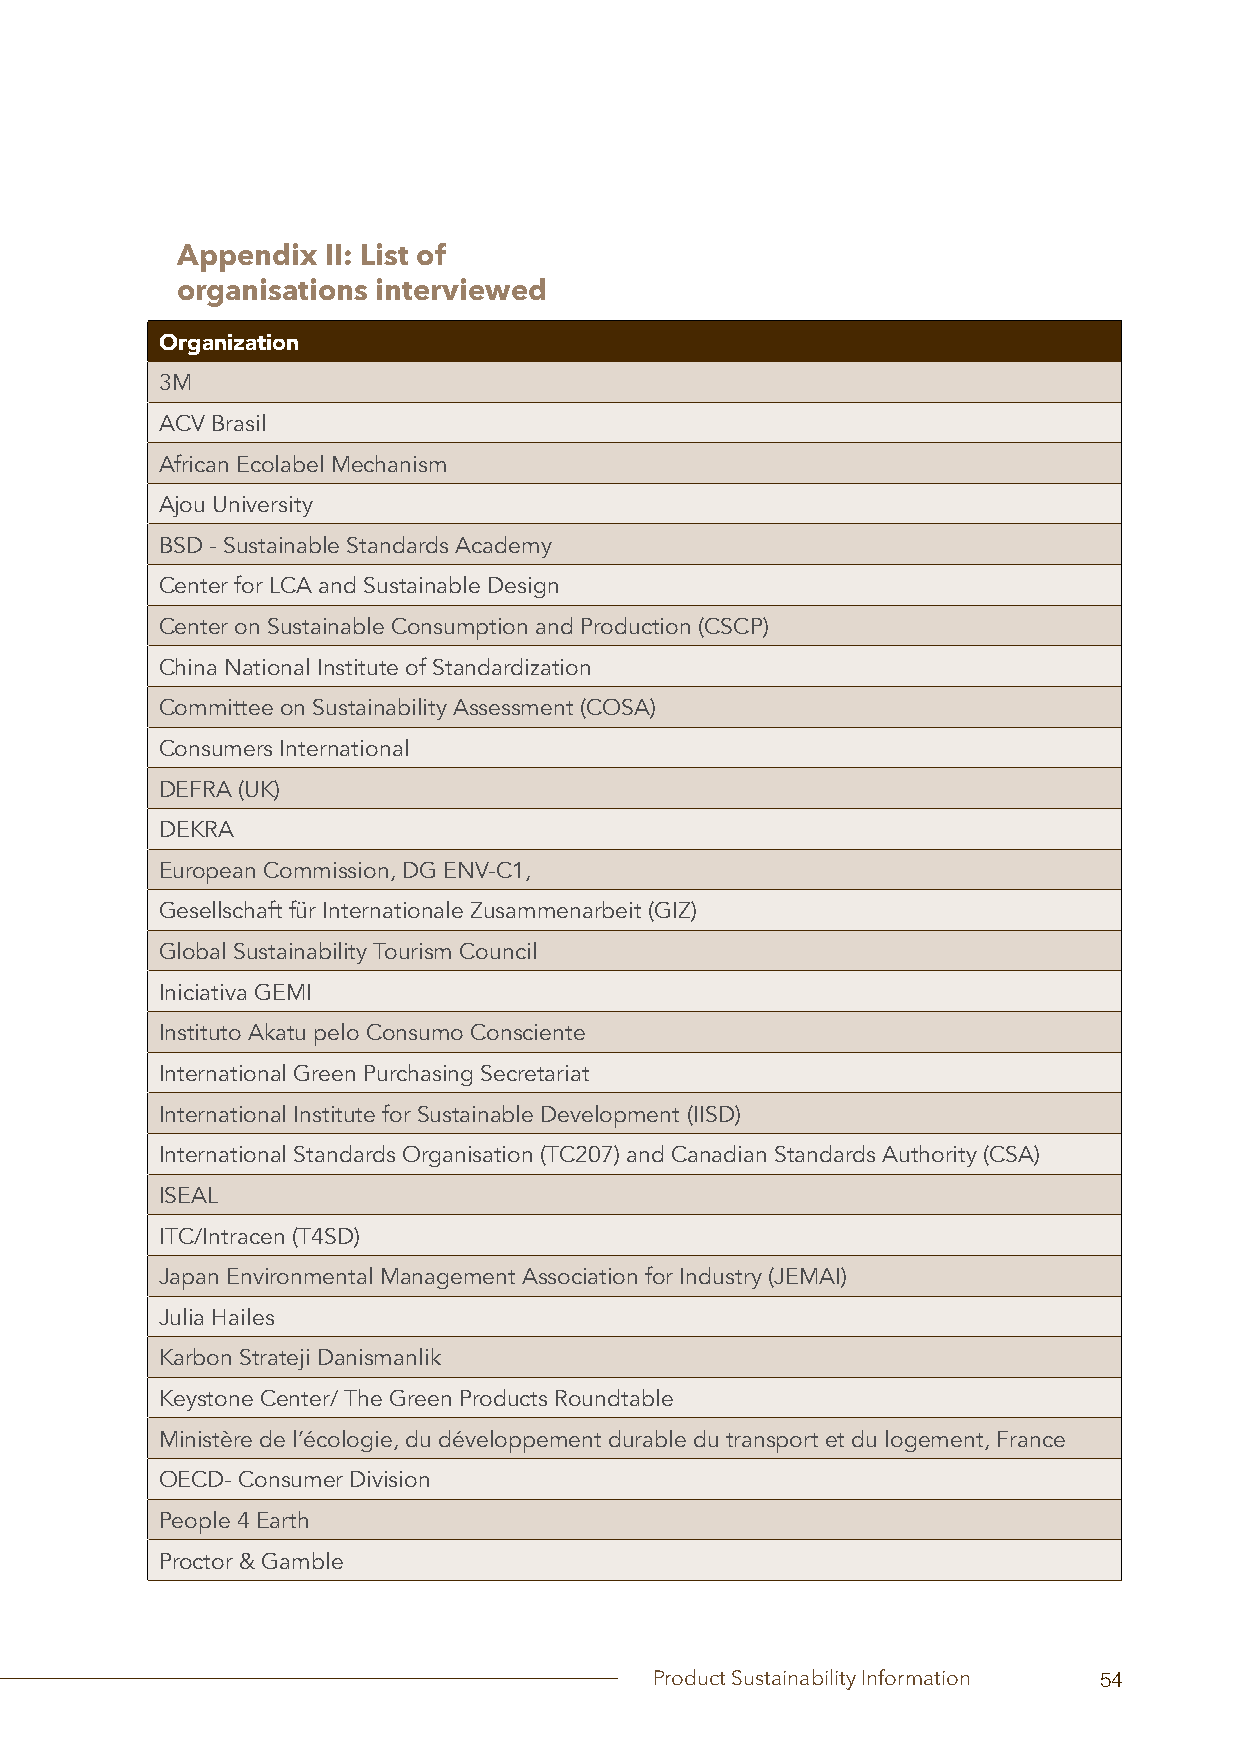
Appendix II: List of
 organisations interviewed
 Organization
 3M
 ACV Brasil
 African Ecolabel Mechanism
 Ajou University
 BSD - Sustainable Standards Academy
 Center for LCA and Sustainable Design
 Center on Sustainable Consumption and Production (CSCP)
 China National Institute of Standardization
 Committee on Sustainability Assessment (COSA)
 Consumers International
 DEFRA (UK)
 DEKRA
 European Commission, DG ENV-C1,
 Gesellschaft für Internationale Zusammenarbeit (GIZ)
 Global Sustainability Tourism Council
 Iniciativa GEMI
 Instituto Akatu pelo Consumo Consciente
 International Green Purchasing Secretariat
 International Institute for Sustainable Development (IISD)
 International Standards Organisation (TC207) and Canadian Standards Authority (CSA)
 ISEAL
 ITC/Intracen (T4SD)
 Japan Environmental Management Association for Industry (JEMAI)
 Julia Hailes
 Karbon Strateji Danismanlik
 Keystone Center/ The Green Products Roundtable
 Ministère de l’écologie, du développement durable du transport et du logement, France
 OECD- Consumer Division
 People 4 Earth
 Proctor & Gamble
 Product Sustainability Information 54